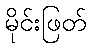
မိုင်းဖြတ်